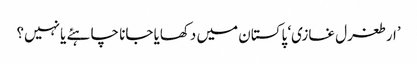
’ارطغرل غازی‘ پاکستان میں دکھایا جانا چاہئے یا نہیں؟